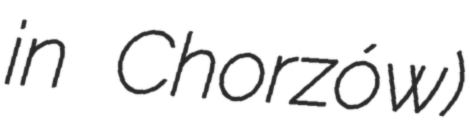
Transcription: in Chorzów)